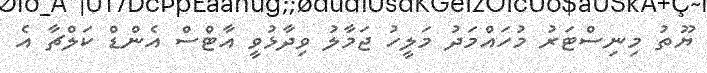
ޔޫތު މިނިސްޓަރު މުހައްމަދު މަލީހު ޖަމާލު ވިދާޅުވީ އާޓްސް އެންޑް ކަލްޗާ އެ